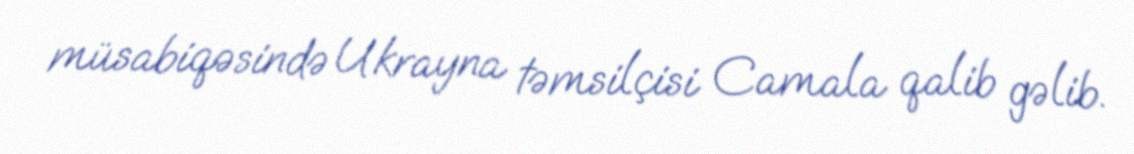
müsabiqəsində Ukrayna təmsilçisi Camala qalib gəlib.